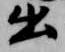
出